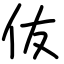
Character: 伖